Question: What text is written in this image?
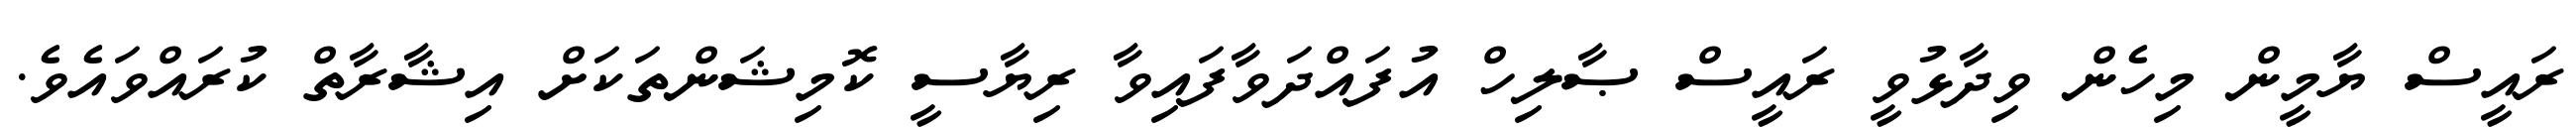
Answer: ރައީސް ޔާމީން މިހެން ވިދާޅުވީ ރައީސް ޞާލިހް އުފައްދަވާފައިވާ ރިޔާސީ ކޮމިޝަންތަކަށް އިޝާރާތް ކުރައްވައެވެ.